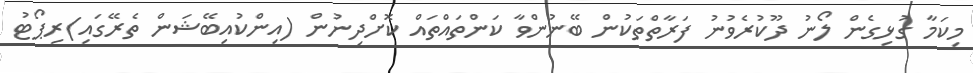
މިކަމާ ގުޅިގެން ލޯނު ދޫކުރެވުނު ފަރާތްތަކުން ބޭނުންވާ ކަންތައްތައް ކޮށްދިނުން (އިންކުއިބޭޝަން ތެރޭގައި)ރިޕޯޓު